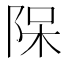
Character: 𨹦